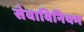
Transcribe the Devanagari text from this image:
सेवाविनियम